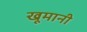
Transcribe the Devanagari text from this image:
खूमानी